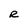
Character: R